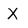
Character: X